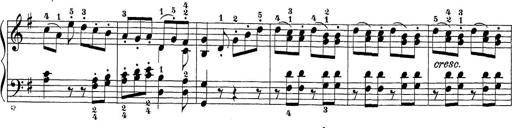
Title: Sonatina Album
Composer: Louis KÃ¶hler